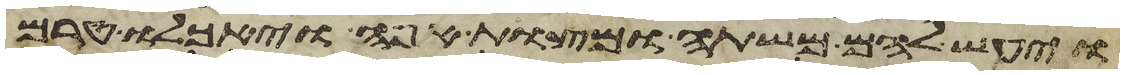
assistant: ויעש להם משתה ומצות אפה ויאכלו טרם